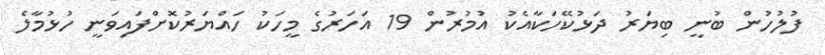
ފުލުހުން ބުނީ ބިޔަރު ދަޅުކޭހަކާއެކު އުމުރުން 19 އަހަރުގެ މީހަކު ހައްޔަރުކޮށްފައިވަނީ ހުޅުމާލެ